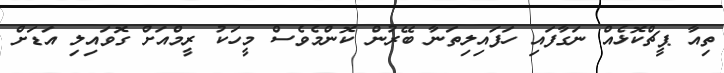
ތިއާ ޕީޗްކޮޅެއް ނަގާފައި ހަފައިލިތަނާ ބޭރުން ކޮންމެވެސް މީހަކު ރީމްއަށް ގޮވައިލި އަޑަށް